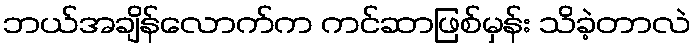
ဘယ်အချိန်လောက်က ကင်ဆာဖြစ်မှန်း သိခဲ့တာလဲ